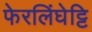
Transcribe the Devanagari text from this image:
फेरलिंघेट्टि